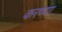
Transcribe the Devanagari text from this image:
करण्या